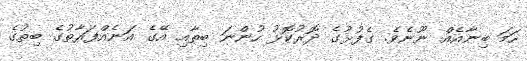
ހަމަ ބިނާއެއް ނޫނެވެ. ގެފުޅުގެ ދޮރުކޮޅު ހުންނަ ބިތާއި އޭގެ އަނެއްފަރާތުގެ ބިތުގެ